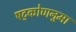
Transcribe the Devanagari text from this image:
षट्कोणनुमा